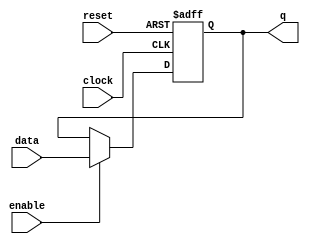
module latch(input wire clock, input wire reset, input wire enable, input wire data,
             output reg q);

    always @(posedge clock or posedge reset) begin
        if (reset) begin
            q <= 1'b0;
        end else if (enable) begin
            q <= data;
        end
    end

endmodule